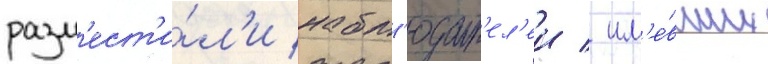
разм'ест'и́л'и набл'юдат'ел'еи / им'е́вших